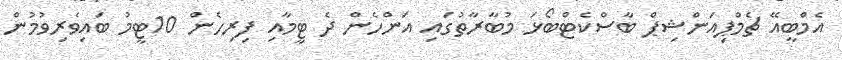
އެމްބީއޭ ޗެމްޕިއަންޝިޕް ބާސްކެޓްބޯޅަ މުބާރާތުގައި އަންހެން ދެ ޓީމާއި ފިރިހެން 10ޓީމު ބައިވެރިވުމުން